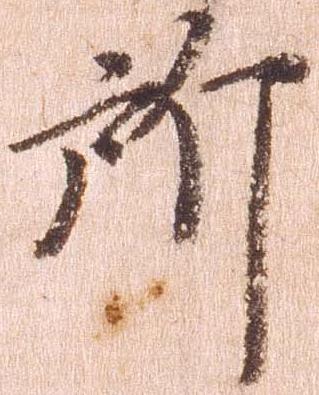
所